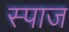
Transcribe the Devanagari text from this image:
स्पाज